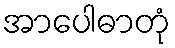
အာပေါဓာတုံ